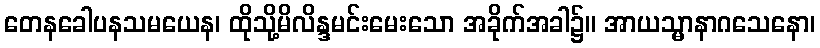
တေနခေါပနသမယေန၊ ထိုသို့မိလိန္ဒမင်းမေးသော အခိုက်အခါ၌။ အာယသ္မာနာဂသေနော၊